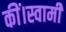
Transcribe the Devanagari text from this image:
कीं।स्वामी